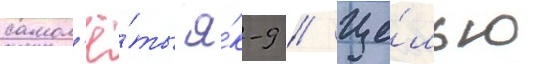
самол'ё́ты я́к-9 // Це́лью